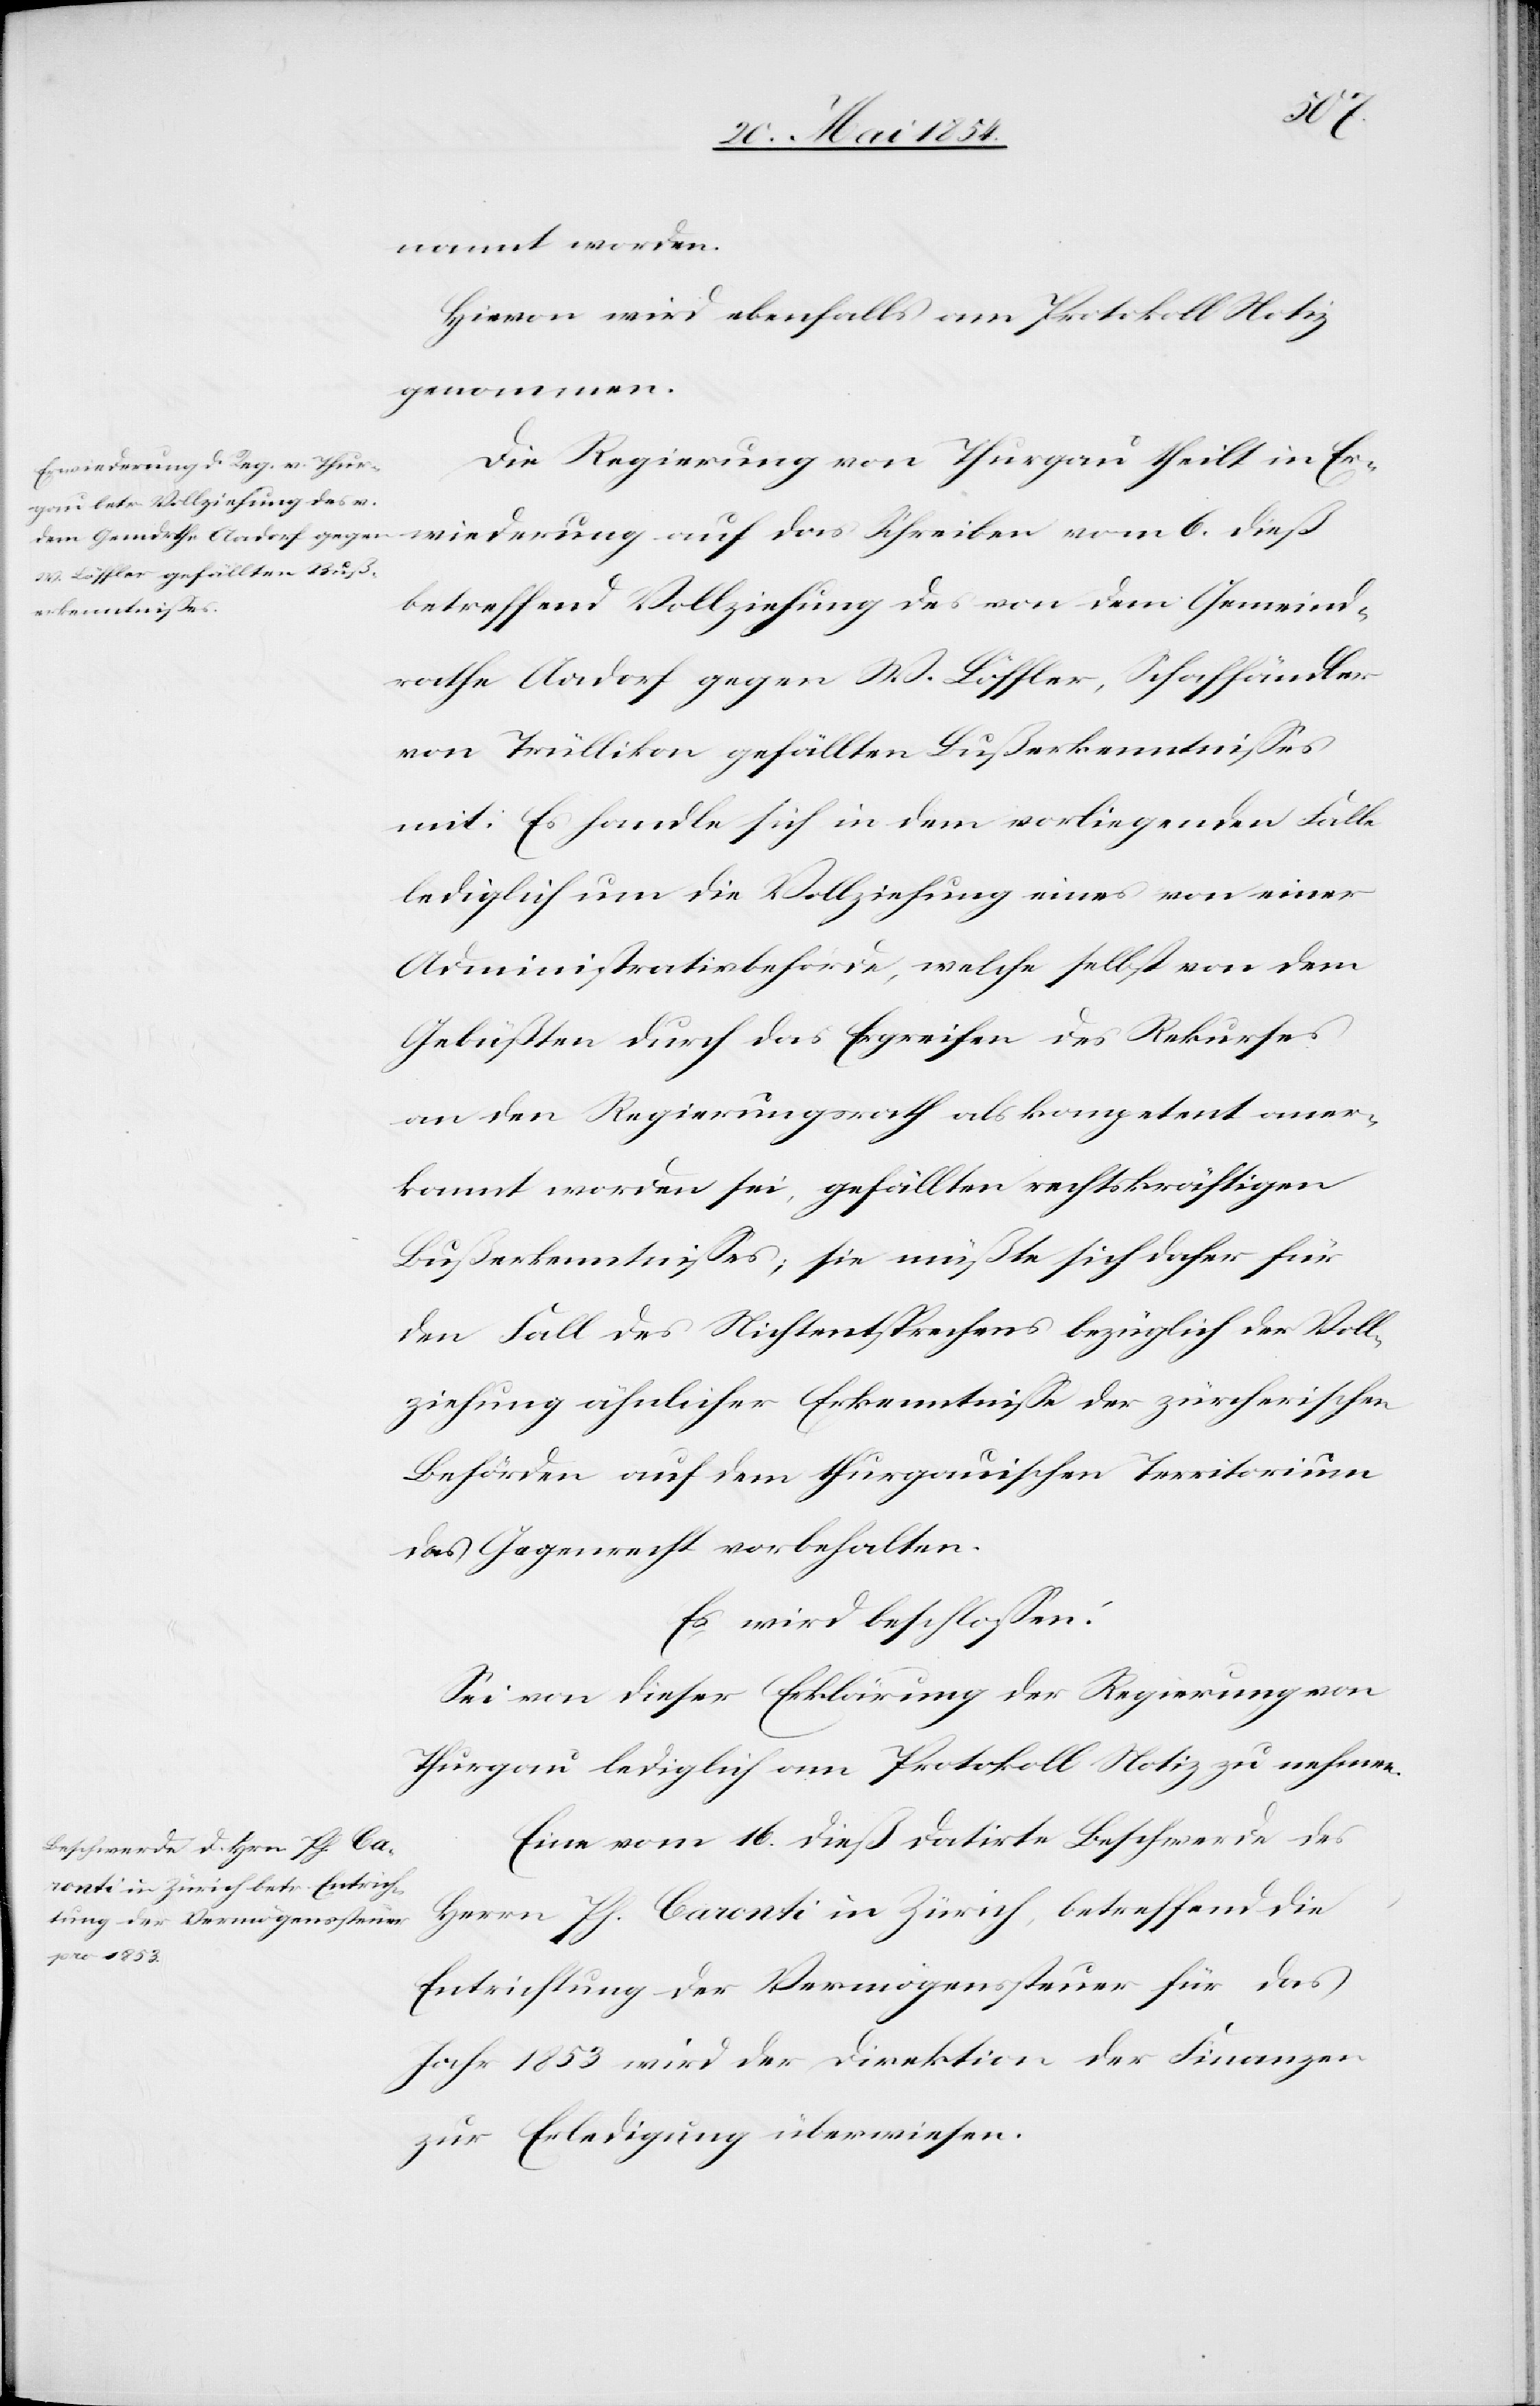
nannt worden.
Hievon wird ebenfalls am Protokoll Notiz
genommen.
Die Regierung von Thurgau theilt in Er¬
wiederung auf das Schreiben vom 6. dieß
betreffend Vollziehung des von dem Gemeind¬
rathe Aadorf gegen W. Löffler, Schafhändler
von Trüllikon gefällten Bußerkenntnißes
mit: Es handle sich in dem vorliegenden Falle
lediglich um die Vollziehung eines von einer
Administrativbehörde, welche selbst von dem
Gebüßten durch das Ergreifen des Rekurses
an den Regierungsrath als kompetent aner¬
kannt worden sei, gefällten rechtskräftigen
Bußerkenntnißes; sie müßte sich daher für
den Fall des Nichtentsprechens bezüglich der Voll¬
ziehung ähnlicher Erkenntniße der zürcherischen
Behörden auf dem thurgauischen Territorium
das Gegenrecht vorbehalten.
Es wird beschloßen:
Sei von dieser Erklärung der Regierung von
Thurgau lediglich am Protokoll Notiz zu nehmen.
Eine vom 16. dieß datirte Beschwerde des
Herrn Ph. Caronti in Zürich, betreffend die
Entrichtung der Vermögenssteuer für das
Jahr 1853 wird der Direktion der Finanzen
zur Erledigung überwiesen.